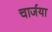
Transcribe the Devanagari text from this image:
चार्जया